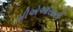
સીએઆરઇટી